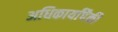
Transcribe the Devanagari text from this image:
अधिकार्यांपैकी